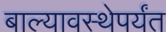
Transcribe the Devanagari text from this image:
बाल्यावस्थेपर्यंत